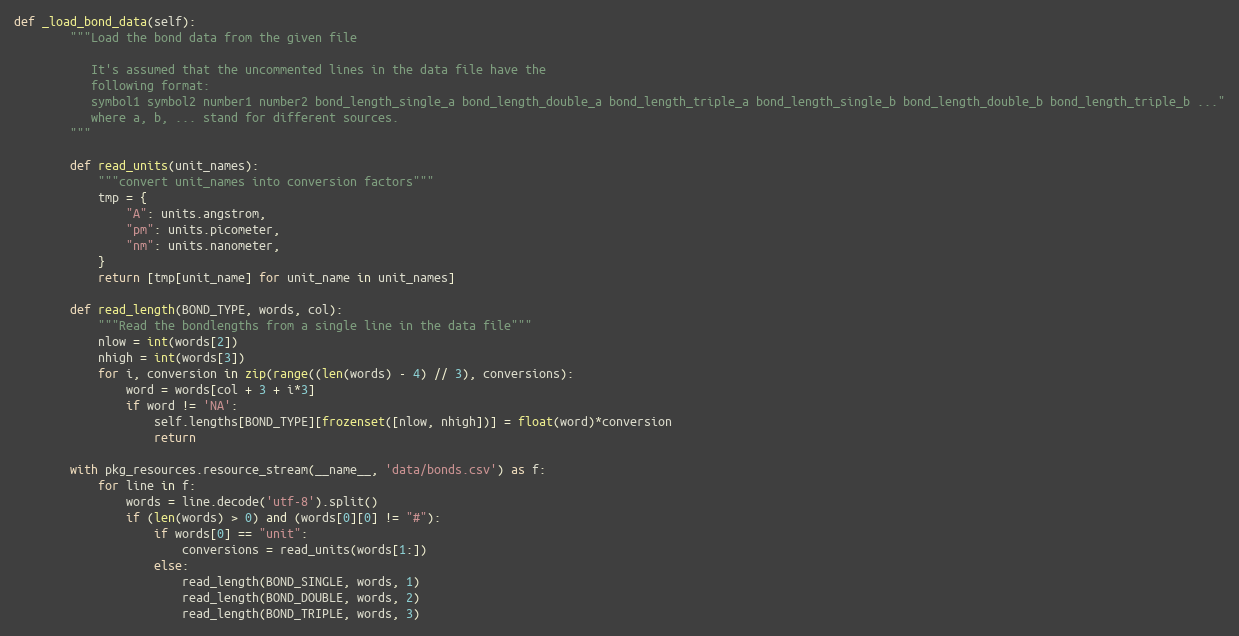
Language: Python
def _load_bond_data(self):
        """Load the bond data from the given file

           It's assumed that the uncommented lines in the data file have the
           following format:
           symbol1 symbol2 number1 number2 bond_length_single_a bond_length_double_a bond_length_triple_a bond_length_single_b bond_length_double_b bond_length_triple_b ..."
           where a, b, ... stand for different sources.
        """

        def read_units(unit_names):
            """convert unit_names into conversion factors"""
            tmp = {
                "A": units.angstrom,
                "pm": units.picometer,
                "nm": units.nanometer,
            }
            return [tmp[unit_name] for unit_name in unit_names]

        def read_length(BOND_TYPE, words, col):
            """Read the bondlengths from a single line in the data file"""
            nlow = int(words[2])
            nhigh = int(words[3])
            for i, conversion in zip(range((len(words) - 4) // 3), conversions):
                word = words[col + 3 + i*3]
                if word != 'NA':
                    self.lengths[BOND_TYPE][frozenset([nlow, nhigh])] = float(word)*conversion
                    return

        with pkg_resources.resource_stream(__name__, 'data/bonds.csv') as f:
            for line in f:
                words = line.decode('utf-8').split()
                if (len(words) > 0) and (words[0][0] != "#"):
                    if words[0] == "unit":
                        conversions = read_units(words[1:])
                    else:
                        read_length(BOND_SINGLE, words, 1)
                        read_length(BOND_DOUBLE, words, 2)
                        read_length(BOND_TRIPLE, words, 3)